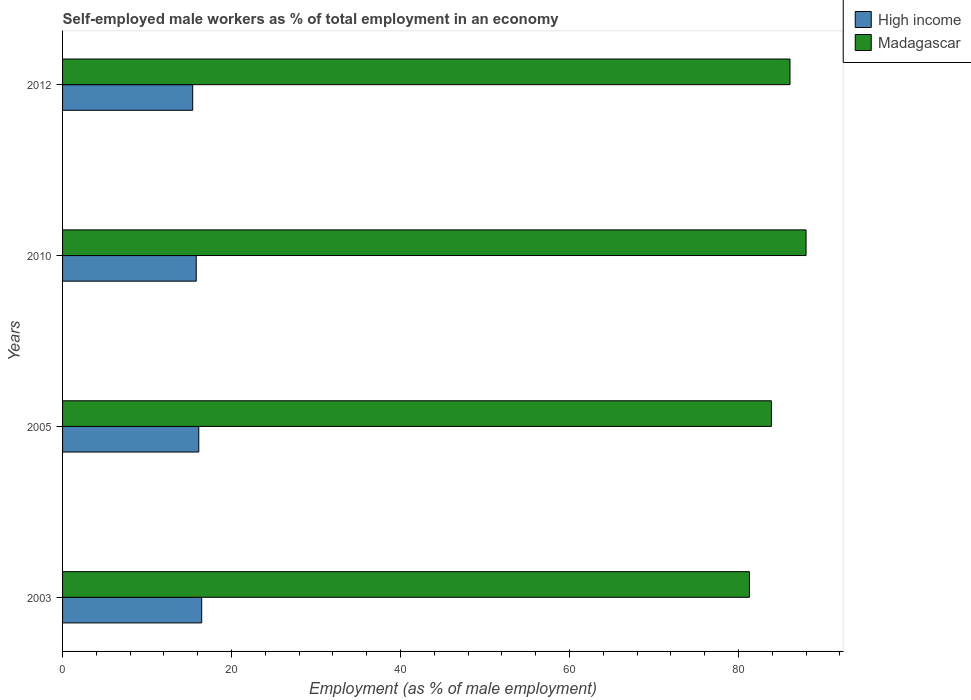
| Years | High income | Madagascar |
 | --- | --- | --- |
 | 2003 | 16.5 | 81.3 |
 | 2005 | 16.1 | 83.9 |
 | 2010 | 15.8 | 88 |
 | 2012 | 15.4 | 86.1 |